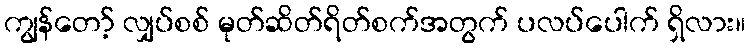
ကျွန်တော့် လျှပ်စစ် မုတ်ဆိတ်ရိတ်စက်အတွက် ပလပ်ပေါက် ရှိလား။